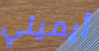
أيميلي